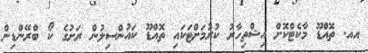
އއ. ތޮއްޑޫ މާކެޓްކޮށް އިޝްތިހާރު ކުރުމަށްޓަކައި ތޮއްޑޫ ކައުންސިލުން ރަށުގެ ކޯ ބްރޭންޑިން